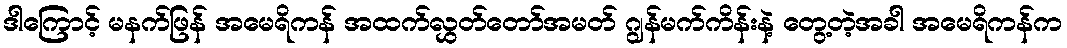
ဒါကြောင့် မနက်ဖြန် အမေရိကန် အထက်လွှတ်တော်အမတ် ဂျွန်မက်ကိန်းနဲ့ တွေ့တဲ့အခါ အမေရိကန်က